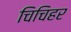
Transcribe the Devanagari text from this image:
चिचिहर